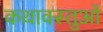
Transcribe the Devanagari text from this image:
कथावस्तुओं